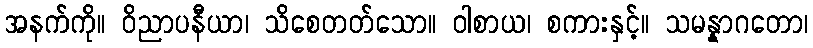
အနက်ကို။ ဝိညာပနီယာ၊ သိစေတတ်သော။ ဝါစာယ၊ စကားနှင့်။ သမန္နာဂတော၊